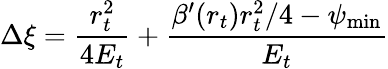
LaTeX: \Delta\xi=\frac{r_{t}^{2}}{4E_{t}}+\frac{\beta^{\prime}(r_{t})r_{t}^{2}/4-\psi_{\operatorname*{min}}}{E_{t}}